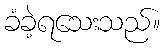
ခံခဲ့ရသေးသည်။